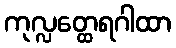
ကုလ္လတ္ထေရဂါထာ